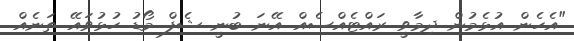
"އެހެން އުޅެމުން ދިމާވީ ރައްޓެއްސެއް އޭނަ ބުނީ ޝެފް މޯޑު ހުޅުވައޭ ތަނެއް